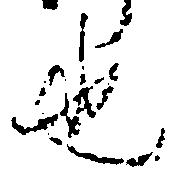
也